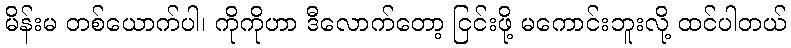
မိန်းမ တစ်ယောက်ပါ၊ ကိုကိုဟာ ဒီလောက်တော့ ငြင်းဖို့ မကောင်းဘူးလို့ ထင်ပါတယ်